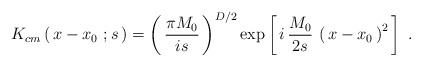
\begin{align*}K_{cm}\left(\, x - x _0\ ; s\,\right)= \left(\,{\pi M_0\over is}\,\right)^{D/2} \exp \left[\, i\, {M_0\over 2s}\, \left(\, x-x_0\,\right)^2\,\right]\ .\end{align*}